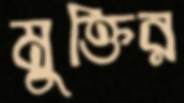
মুক্তির